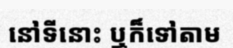
នៅទីនោះ ឬក៏ទៅតាម